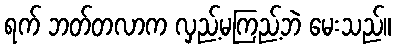
ရက် ဘတ်တလာက လှည့်မကြည့်ဘဲ မေးသည်။